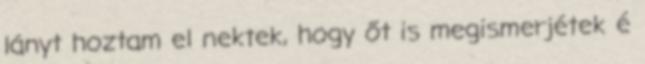
lányt hoztam el nektek, hogy őt is megismerjétek é